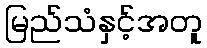
မြည်သံနှင့်အတူ